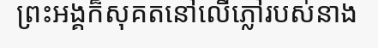
ព្រះអង្គក៏សុគតនៅលើភ្លៅរបស់នាង